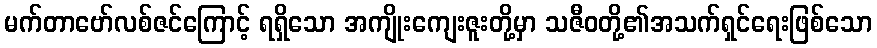
မက်တာဗော်လစ်ဇင်ကြောင့် ရရှိသော အကျိုးကျေးဇူးတို့မှာ သဇီဝတို့၏အသက်ရှင်ရေးဖြစ်သော